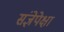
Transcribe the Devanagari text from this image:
संज्ञेपेक्षा